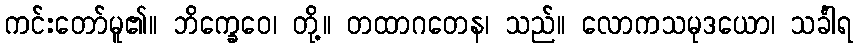
ကင်းတော်မူ၏။ ဘိက္ခေဝေ၊ တို့။ တထာဂတေန၊ သည်။ လောကသမုဒယော၊ သင်္ခါရ